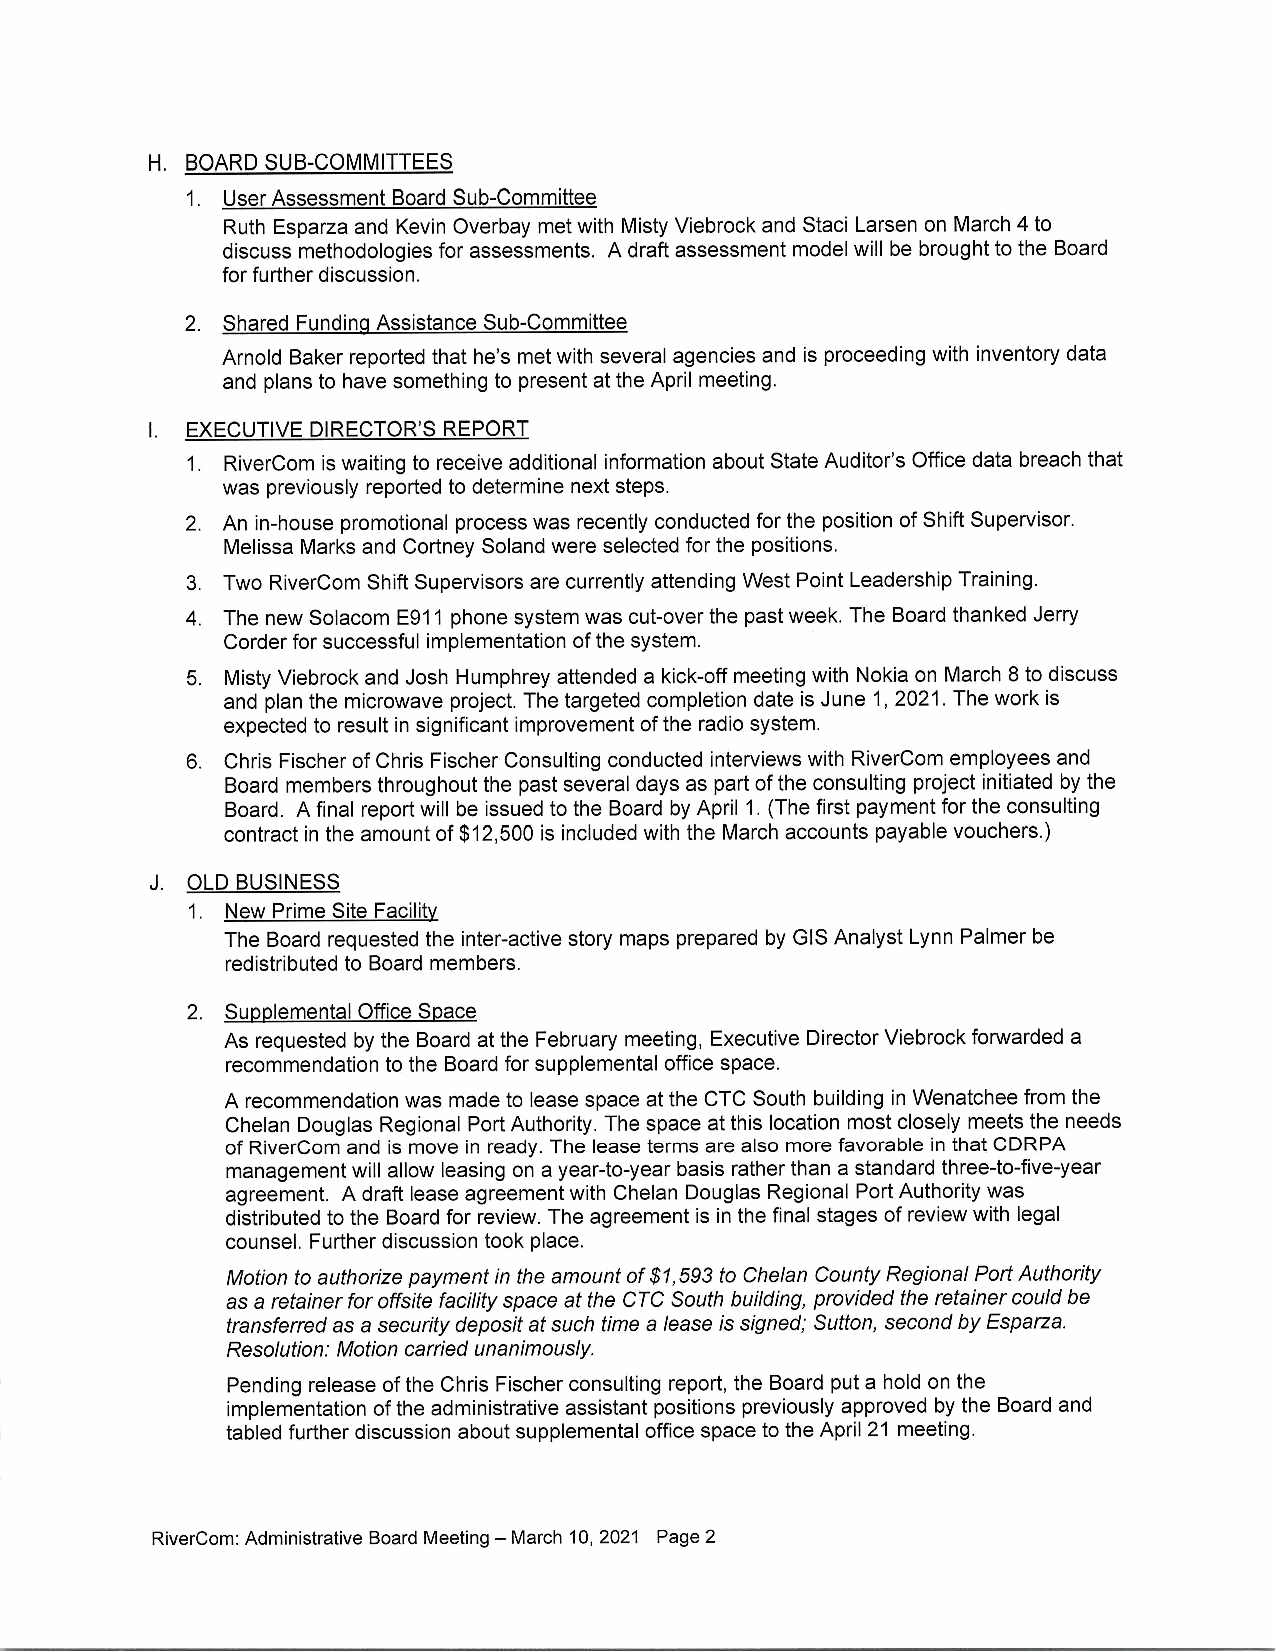
H.
 BOARD SUB-COMMITTEES
 1. User Assessment Board Sub-Committee
 Ruth Esparza and Kevin Overbay met with Misty Viebrock and Staci Larsen on March 4 to
 discuss methodologies for assessments. A draft assessment model will be brought to the Board
 for further discussion.
 2. Shared Funding Assistance Sub-Committee
 Arnold Baker reported that he's met with several agencies and is proceeding with inventory data
 and plans to have something to present at the April meeting.
 I.
 EXECUTIVE DIRECTOR'S REPORT
 1. RiverCom is waiting to receive additional information about State Auditor's Office data breach that
 was previously reported to determine next steps.
 2. An in-house promotional process was recently conducted for the position of Shift Supervisor.
 Melissa Marks and Cortney Soland were selected for the positions.
 3. Two RiverCom Shift Supervisors are currently attending West Point Leadership Training.
 4. The new Solacom E911 phone system was cut-over the past week. The Board thanked Jerry
 Corder for successful implementation of the system.
 5. Misty Viebrock and Josh Humphrey attended a kick-off meeting with Nokia on March 8 to discuss
 and plan the microwave project. The targeted completion date is June 1 ,2021. The work is
 expected to result in significant improvement of the radio system.
 b. Chris Fischer of Chris Fischer Consulting conducted interviews with RiverCom employees and
 Board members throughout the past several days as part of the consulting project initiated by the
 Board. A final report will be issued to the Board by April 1. (The first payment for the consulting
 contract in the amount of $12,500 is included with the March accounts payable vouchers.)
 J.
 OLD BUSINESS
 1.
 New Prime Site Facility
 The Board requested the inter-active story maps prepared by GIS Analyst Lynn Palmer be
 redistributed to Board members.
 2.
 Supplemental OfficeSpace
 As requested by the Board at the February meeting, Executive Director Viebrock fonryarded a
 recommendation to the Board for supplemental office space.
 A recommendation was made to lease space at the CTC South building in Wenatchee from the
 Chelan Douglas Regional Port Authority. The space at this location most closely meets the needs
 of Rivercom and is move in ready. The lease terms are also more favorable in that CDRPA
 management will allow leasing on a year-to-year basis rather than a standard threeto-five-year
 agreement. A draft lease agreement with Chelan Douglas Regional Port Authority was
 distributed to the Board for review. The agreement is in the final stages of review with legal
 counsel. Further discussion took place.
 Motion to authorize payment in the amount of $1,593 to Chelan County Regional Port Authority
 as a retainer for offsite facitity space at the CTC South building, provided the retainer could be
 transferred as a security deposit at such time a /ease is signed; Sutton, second by Esparza.
 Resolution: Motion carried unanimously.
 Pending release of the Chris Fischer consulting report, the Board put a hold on the
 implementation of the administrative assistant positions previously approved by the Board and
 tabled further discussion about supplemental otfice space to the April 21 meeting.
 RiverCom: Administrative Board Meeting - March 10,2021 Page 2